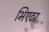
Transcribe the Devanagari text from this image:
भिएटर